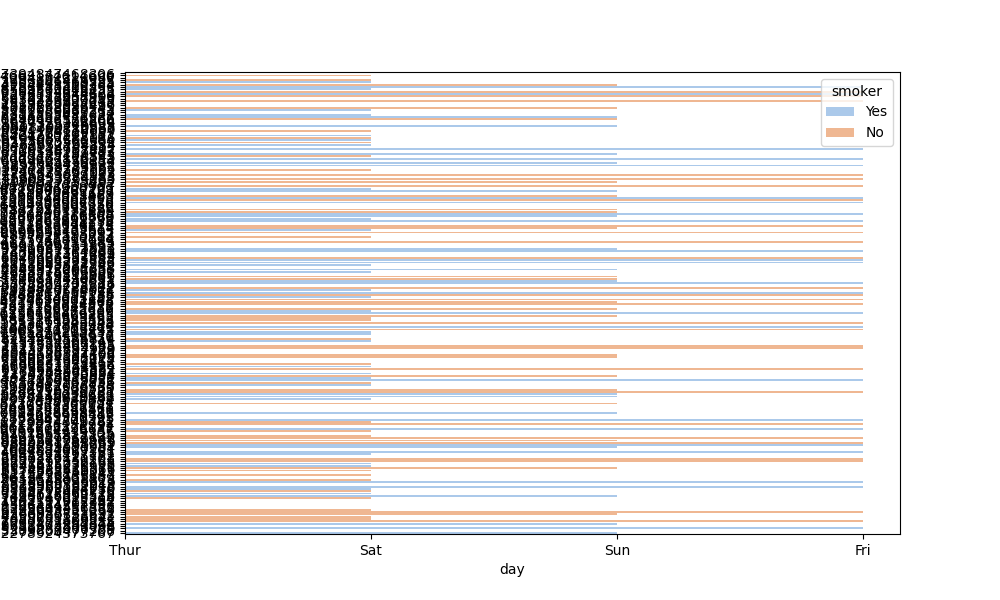
python, seaborn, barplot, hue='smoker', palette='pastel', ci=95, orient='h'